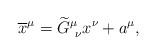
LaTeX: \begin{align*}\overline{x}^{\mu }=\widetilde{G}_{\ \nu }^{\mu }x^{\nu }+a^{\mu },\end{align*}